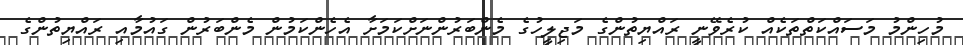
މުހިންމު މަސައްކަތްތަކެއް ކުރެވޭނީ ރައްޔިތުންގެ މަޖިލީހުގެ މެންބަރުންނަށްކަމަށާ އެހެންކަމުން މެންބަރުން ގައުމާއި ރައްޔިތުންގެ